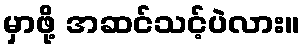
မှာဖို့ အဆင်သင့်ပဲလား။